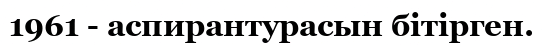
1961 - аспирантурасын бітірген.